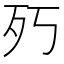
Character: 㱙